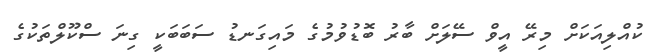
ކުއްލިއަކަށް މިރޭ އީވް ސޭލަށް ބާރު ބޮޑުވުމުގެ މައިގަނޑު ސަބަބަކީ ގިނަ ސްކޫލްތަކުގެ